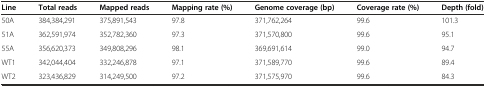
<table><thead><tr><td><b>Line</b></td><td><b>Total reads</b></td><td><b>Mapped reads</b></td><td><b>Mapping rate (%)</b></td><td><b>Genome coverage (bp)</b></td><td><b>Coverage rate (%)</b></td><td><b>Depth (fold)</b></td></tr></thead><tbody><tr><td>50A</td><td>384,384,291</td><td>375,891,543</td><td>97.8</td><td>371,762,264</td><td>99.6</td><td>101.3</td></tr><tr><td>51A</td><td>362,591,974</td><td>352,782,360</td><td>97.3</td><td>371,570,800</td><td>99.6</td><td>95.1</td></tr><tr><td>55A</td><td>356,620,373</td><td>349,808,296</td><td>98.1</td><td>369,691,614</td><td>99.0</td><td>94.7</td></tr><tr><td>WT1</td><td>342,044,404</td><td>332,246,878</td><td>97.1</td><td>371,589,770</td><td>99.6</td><td>89.4</td></tr><tr><td>WT2</td><td>323,436,829</td><td>314,249,500</td><td>97.2</td><td>371,575,970</td><td>99.6</td><td>84.3</td></tr></tbody></table>